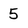
Character: 5